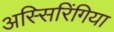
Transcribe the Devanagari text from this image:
अस्सिरिंगिया